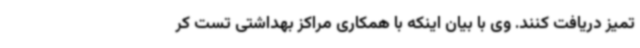
تمیز دریافت کنند. وی با بیان اینکه با همکاری مراکز بهداشتی تست کر